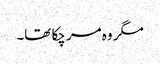
مگر وہ مر چکا تھا۔